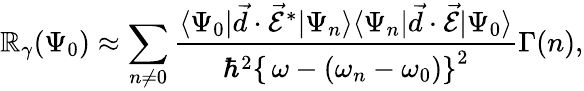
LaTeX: \mathbb{R}_{\gamma}(\Psi_{0})\approx\sum_{n\neq0}\frac{{\langle\Psi_{0}|\vec{{d}}\cdot\vec{{\mathcal{{E}}}}^{*}|\Psi_{n}\rangle\langle\Psi_{n}|\vec{{d}}\cdot\vec{{\mathcal{{E}}}}|\Psi_{0}\rangle}}{{\hbar^{2}\left\{ \, \omega-(\omega_{n}-\omega_{0})\right\} ^{2}}}\Gamma(n),